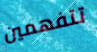
تتفهمين